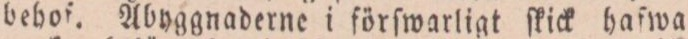
behof. Åbyggnaderne i förfwarligt ſkick hafwa